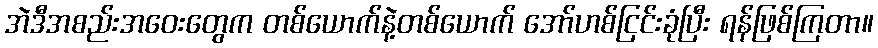
အဲဒီအစည်းအဝေးတွေက တစ်ယောက်နဲ့တစ်ယောက် အော်ဟစ်ငြင်းခုံပြီး ရန်ဖြစ်ကြတာ။